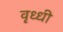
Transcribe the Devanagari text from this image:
वृध्धी